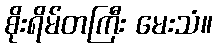
စိုးရိမ်တကြီး မေးသံ။